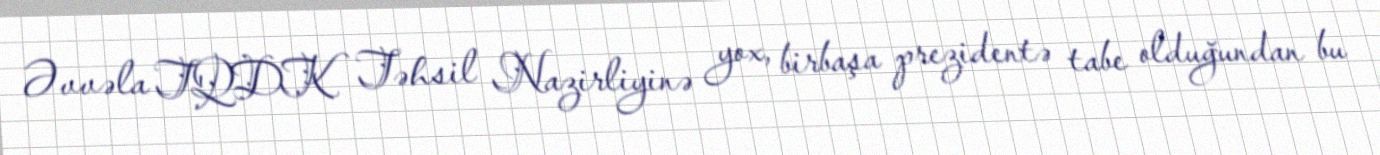
Əvvəla TQDK Təhsil Nazirliyinə yox, birbaşa prezidentə tabe olduğundan bu